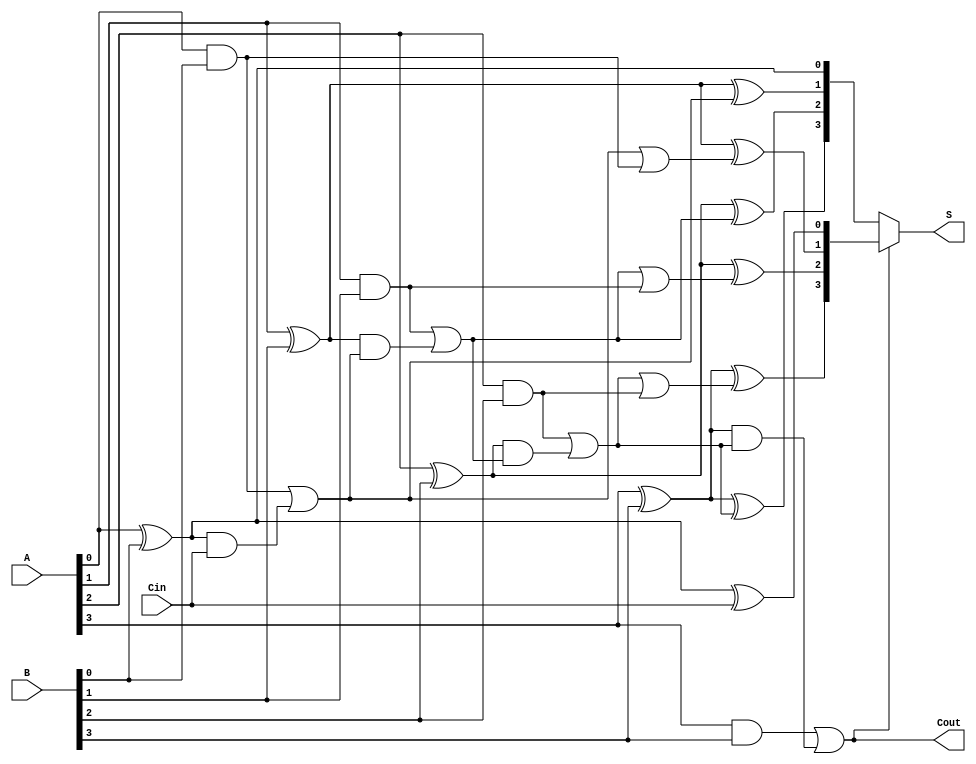
module ConditionalSumAdder #(parameter n = 4) (
    input  [n-1:0] A,      // First n-bit input
    input  [n-1:0] B,      // Second n-bit input
    input         Cin,      // Input carry
    output [n-1:0] S,      // n-bit sum output
    output        Cout      // Carry-out output
);

    wire [n-1:0] S0, S1;    // Sums if no carry (S0) and if carry (S1)
    wire [n-1:0] C_gen, C_prop; // Carry generate and propagate signals
    wire [n-1:0] C;          // Carry signals for each stage

    // Half adder for the least significant bit
    assign S0[0] = A[0] ^ B[0]; // S0 for LSB
    assign S1[0] = A[0] ^ B[0] ^ Cin; // S1 for LSB with Cin
    assign C_gen[0] = A[0] & B[0]; // Carry generate for LSB
    assign C_prop[0] = A[0] ^ B[0]; // Carry propagate for LSB

    // Full adders for the remaining bits
    genvar i;
    generate
        for (i = 1; i < n; i = i + 1) begin : full_adders
            assign S0[i] = A[i] ^ B[i] ^ C[i-1]; // Sum without carry propagation
            assign S1[i] = A[i] ^ B[i] ^ (C[i-1] | C_gen[i-1]); // Sum with carry propagation
            assign C_gen[i] = A[i] & B[i]; // Carry generate
            assign C_prop[i] = A[i] ^ B[i]; // Carry propagate
        end
    endgenerate

    // Carry signals
    assign C[0] = C_gen[0] | (C_prop[0] & Cin); // Carry for LSB
    generate
        for (i = 1; i < n; i = i + 1) begin : carry_logic
            assign C[i] = C_gen[i] | (C_prop[i] & C[i-1]); // Carry for subsequent bits
        end
    endgenerate

    // Final output sum selection using multiplexers
    assign S = (C[n-1]) ? S1 : S0; // Select S1 if the last carry is generated
    assign Cout = C[n-1]; // Final carry-out

endmodule